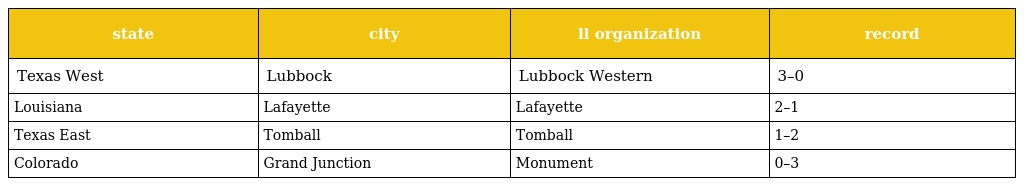
| state | city | ll organization | record |
 | --- | --- | --- | --- |
 | Texas West | Lubbock | Lubbock Western | 3–0 |
 | Louisiana | Lafayette | Lafayette | 2–1 |
 | Texas East | Tomball | Tomball | 1–2 |
 | Colorado | Grand Junction | Monument | 0–3 |